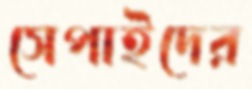
সেপাইদের